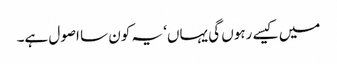
میں کیسے رہوں گی یہاں‘ یہ کون سا اصول ہے۔